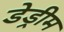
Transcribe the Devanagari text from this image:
डेड्रीम